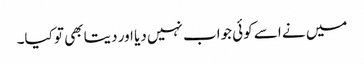
میں نے اسے کوئی جواب نہیں دیا اور دیتا بھی تو کیا۔